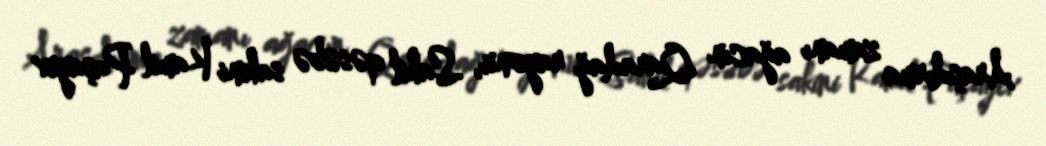
Araşdırma zamanı ağacın Qaradağ rayonu, Sahil qəsəbə sakini Kamil Paşayev